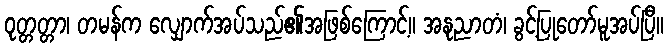
ဝုတ္တတ္တာ၊ တမန်က လျှောက်အပ်သည်၏အဖြစ်ကြောင့်။ အနုညာတံ၊ ခွင့်ပြုတော်မူအပ်ပြီ။